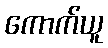
ကောက်ယူ